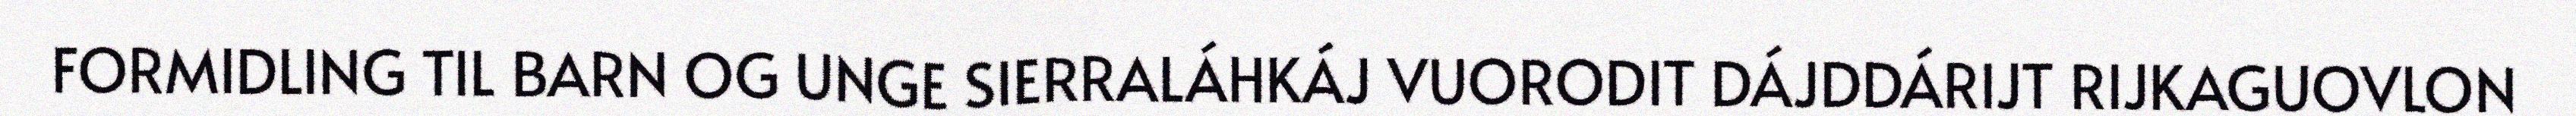
FORMIDLING TIL BARN OG UNGE SIERRALÁHKÁJ VUORODIT DÁJDDÁRIJT RIJKAGUOVLON